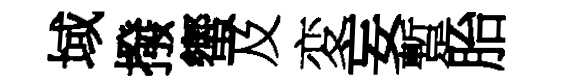
域撥蠁及変妄蹔胎